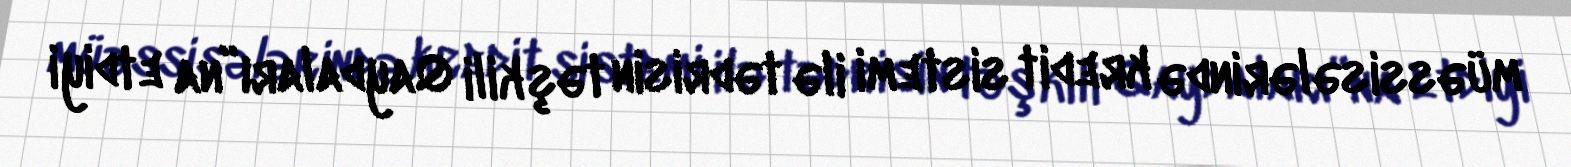
müəssisələrində kredit sistemi ilə tədrisin təşkili Qaydaları”na etdiyi